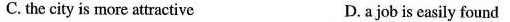
C. the city is more attractive D. a job is easily found